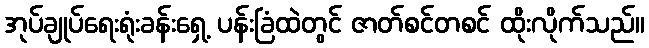
အုပ်ချုပ်ရေးရုံးခန်းရှေ့ ပန်းခြံထဲတွင် ဇာတ်စင်တစင် ထိုးလိုက်သည်။